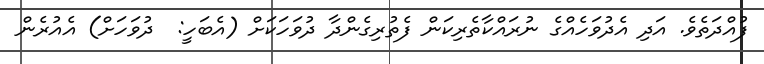
ފުއްދަތެވެ. އަދި އެދުވަހެއްގެ ނުރައްކާތެރިކަން ފެތުރިގެންދާ ދުވަހަކަށް (އެބަހީ:  ދުވަހަށް) އެއުރެން